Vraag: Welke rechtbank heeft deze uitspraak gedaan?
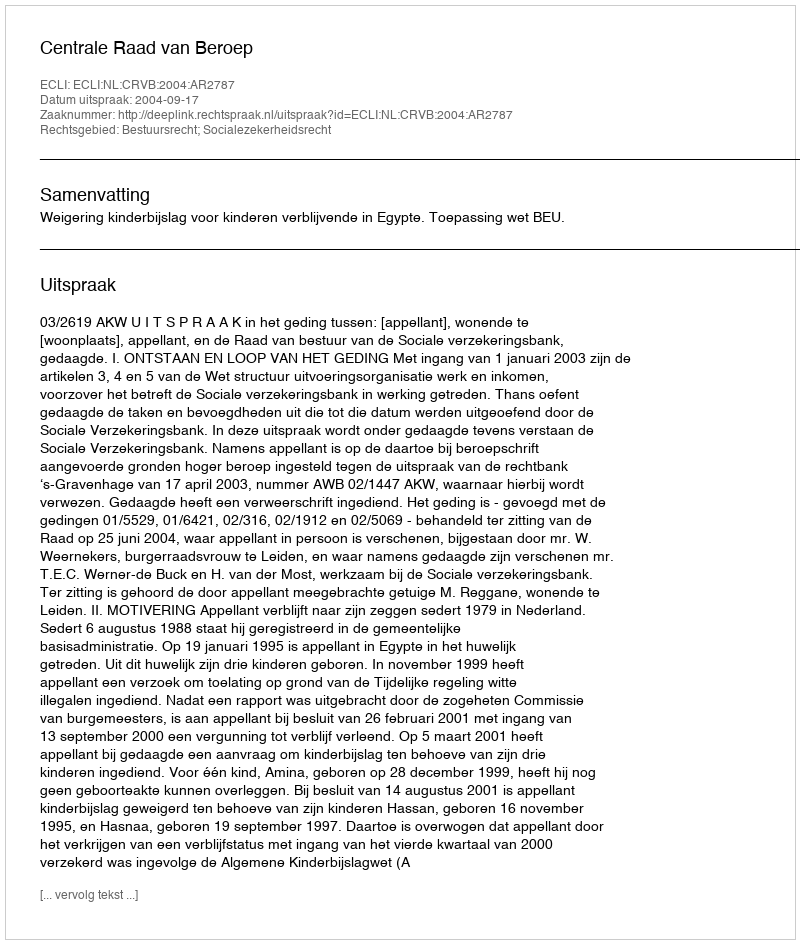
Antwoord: Centrale Raad van Beroep